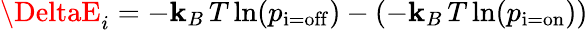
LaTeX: \DeltaE_{i}=-\mathbf{k}_{B}\, T\ln(p_{\mathrm{{i=off}}})-(-\mathbf{k}_{B}\, T\ln(p_{\mathrm{{i=on}}}))